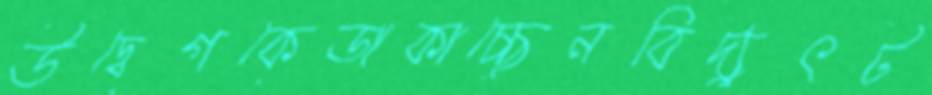
উদ্বেগকেডাকাচ্ছেনবিদ্যুৎট